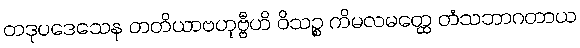
တဒုပဒေသေန တတိယာဗဟုဗ္ဗီဟိ ဝိသဉ္စ ကိမလမတ္ထေ တံသဘာဂတာယ